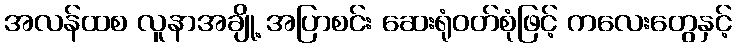
အလန်ထစ လူနာအချို့ အပြာစင်း ဆေးရုံဝတ်စုံဖြင့် ကလေးတွေနှင့်